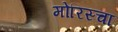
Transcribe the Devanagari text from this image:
मोरिस्चा